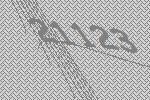
21123